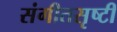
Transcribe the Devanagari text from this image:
संगीतसृष्टी